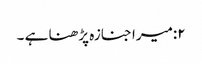
۲:میرا جنازہ پڑھنا ہے ۔